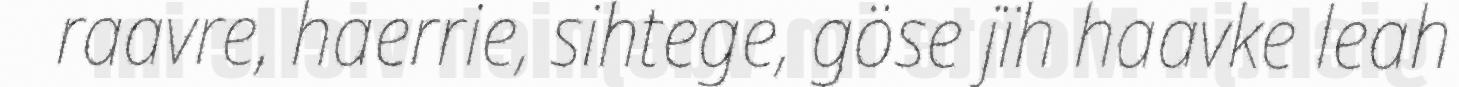
raavre, haerrie, sihtege, göse jïh haavke leah